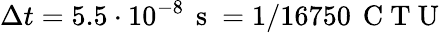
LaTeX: \Delta t=5.5\cdot 10^{-8}\, \mathrm{~s~}=1/16750\, \mathrm{~C~T~U~}